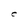
Character: C